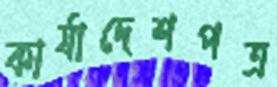
কার্যাদেশপত্র